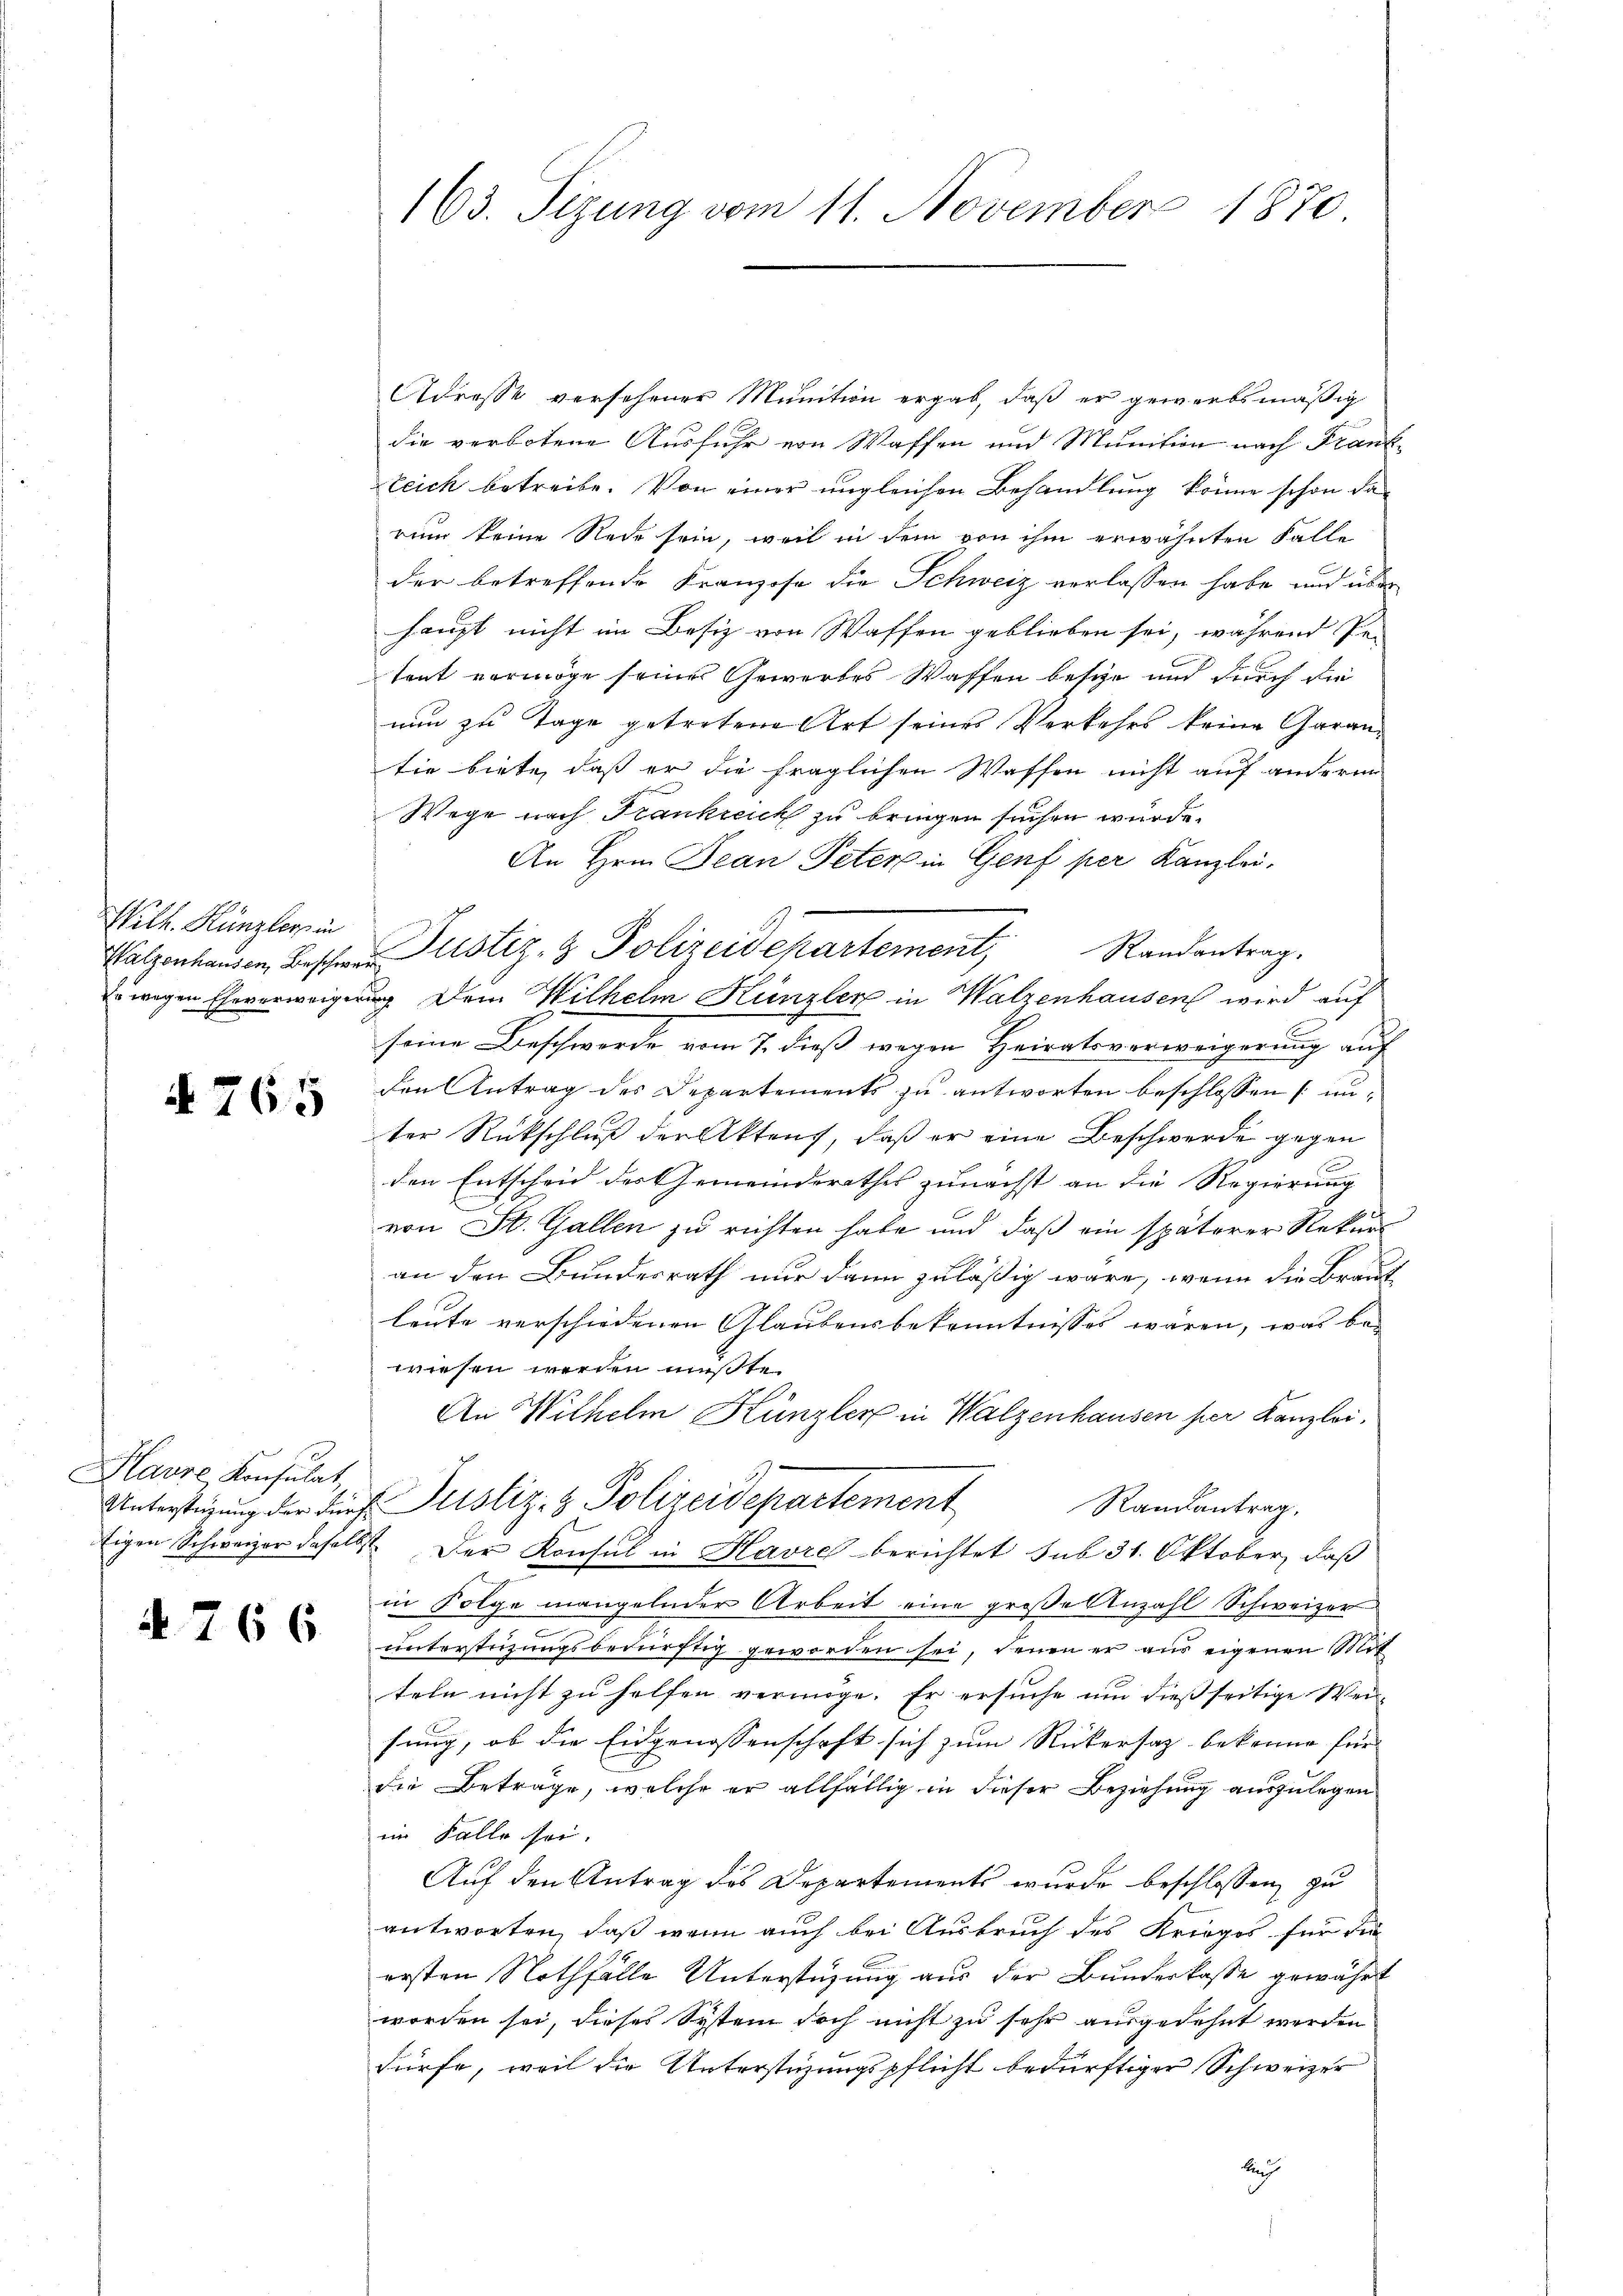
Wilh. Künzler in

i

§ 765

Havre Konsulat
Unterstüzung der Fürtigen Schweizer daselb

266

163. Sizung vom 11. November 1870

Adresse versehener Munition ergab, daß er gewerbsmäßig
die verbotene Ausfuhr von Waffen und Munition nach Frankteich betreibe. Von einer ungleichen Behandlung könne schon das
rum keine Rede sein, weil in dem von ihm erwähnten Falle
der betreffende Kranzose die Schweiz verlassen habe und über
haupt nicht im Besiz von Waffen geblieben sei, während Pe-
tent vermöge seiner Gewerbes Waffen besche und durch die
nun zu Tage getretene Art seines Verkehrs keine Garan-
tie biete, dass er die fraglichen Waffen nicht auf andern
Wege nach Frankreich zu bringen suchen würde.
An Hrn. Jean Peter in Genf per Kanzlei,
Randantrag.
Kalzenhausen Besche Justiz- & Polizeisepartement,
zöwigen Eheverweigung dem Wilhelm Künzler in Walzenhausen wird auf
seine Beschwerde vom 7. dieß wegen Heiratsverweigerung auf
den Antrag des Departements zu antworten beschlossen (unter Rückschluß der Aktens, daß er eine Beschwerde gegen
den Entscheid des Gemeinderathes zunächst an die Regierung
von St. Gallen zu richten habe und daß ein späterer Rekur
an den Bundesrath nur dann zuläßig wäre, wenn die Braut
leute verschiedenen Glaubensbekenntnisses wären, was bewiesen werden müßte.
An Wilhelm Hünzler in Walzenhausen her Kanzlei,
 Justiz- & Polizeidepartement
Randantrag.
2. Der Konsul in Havre berichtet sub 31. Oktober, daß
in Folge mangelnder Arbeit eine große Anzahl Schweizer
7
unterstüzungsbedürftig geworden sei, denen er aus eigenen Mit
teln nicht zu helfen vermöge. Er ersuche um dießseitige Weifung, ob die Eidgenossenschaft sich zum Rückersaz bekenne für
die Beträge, welche er allfällig in dieser Beziehung auszulegen
im Falle sei.
Auf den Antrag des Departements wurde beschlossen zu
antworten, daß wenn auch bei Ausbruch des Krages für die
ersten Nothfälle Unterstüzung aus der Bunderlasse gewährt
worden sei, dieses System doch nicht zu sehr ausgedehnt werden
dürfe, weil die Unterstüzungspflicht bedürftiger Schweizer
Auch